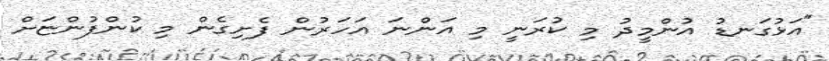
"އަޅުގަނޑު އުންމީދު މި ކުރަނީ މި އަންނަ އަހަރުން ފެށިގެން މި ކުންފުންޏަށް